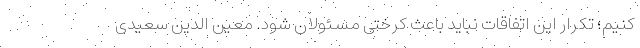
کنیم؛ تکرار این اتفاقات نباید باعث کرختی مسئولان شود. معین الدین سعیدی